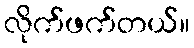
လိုက်ဖက်တယ်။